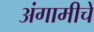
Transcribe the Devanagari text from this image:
अंगामीचे